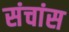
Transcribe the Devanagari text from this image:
संचांस